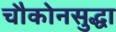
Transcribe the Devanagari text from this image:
चौकोनसुद्धा